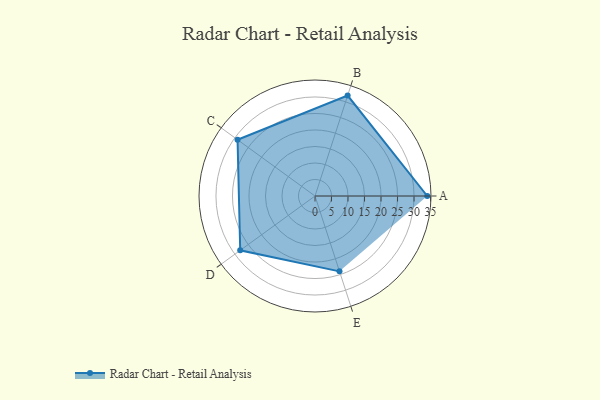
{"axis": {"x": "Skill", "y": "Score"}, "legend": ["Profile"], "data": [{"x": "A", "y": 34.0, "type": "Profile"}, {"x": "B", "y": 32.0, "type": "Profile"}, {"x": "C", "y": 29.0, "type": "Profile"}, {"x": "D", "y": 28.0, "type": "Profile"}, {"x": "E", "y": 24.0, "type": "Profile"}]}